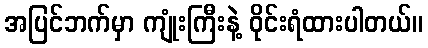
အပြင်ဘက်မှာ ကျုံးကြီးနဲ့ ဝိုင်းရံထားပါတယ်။